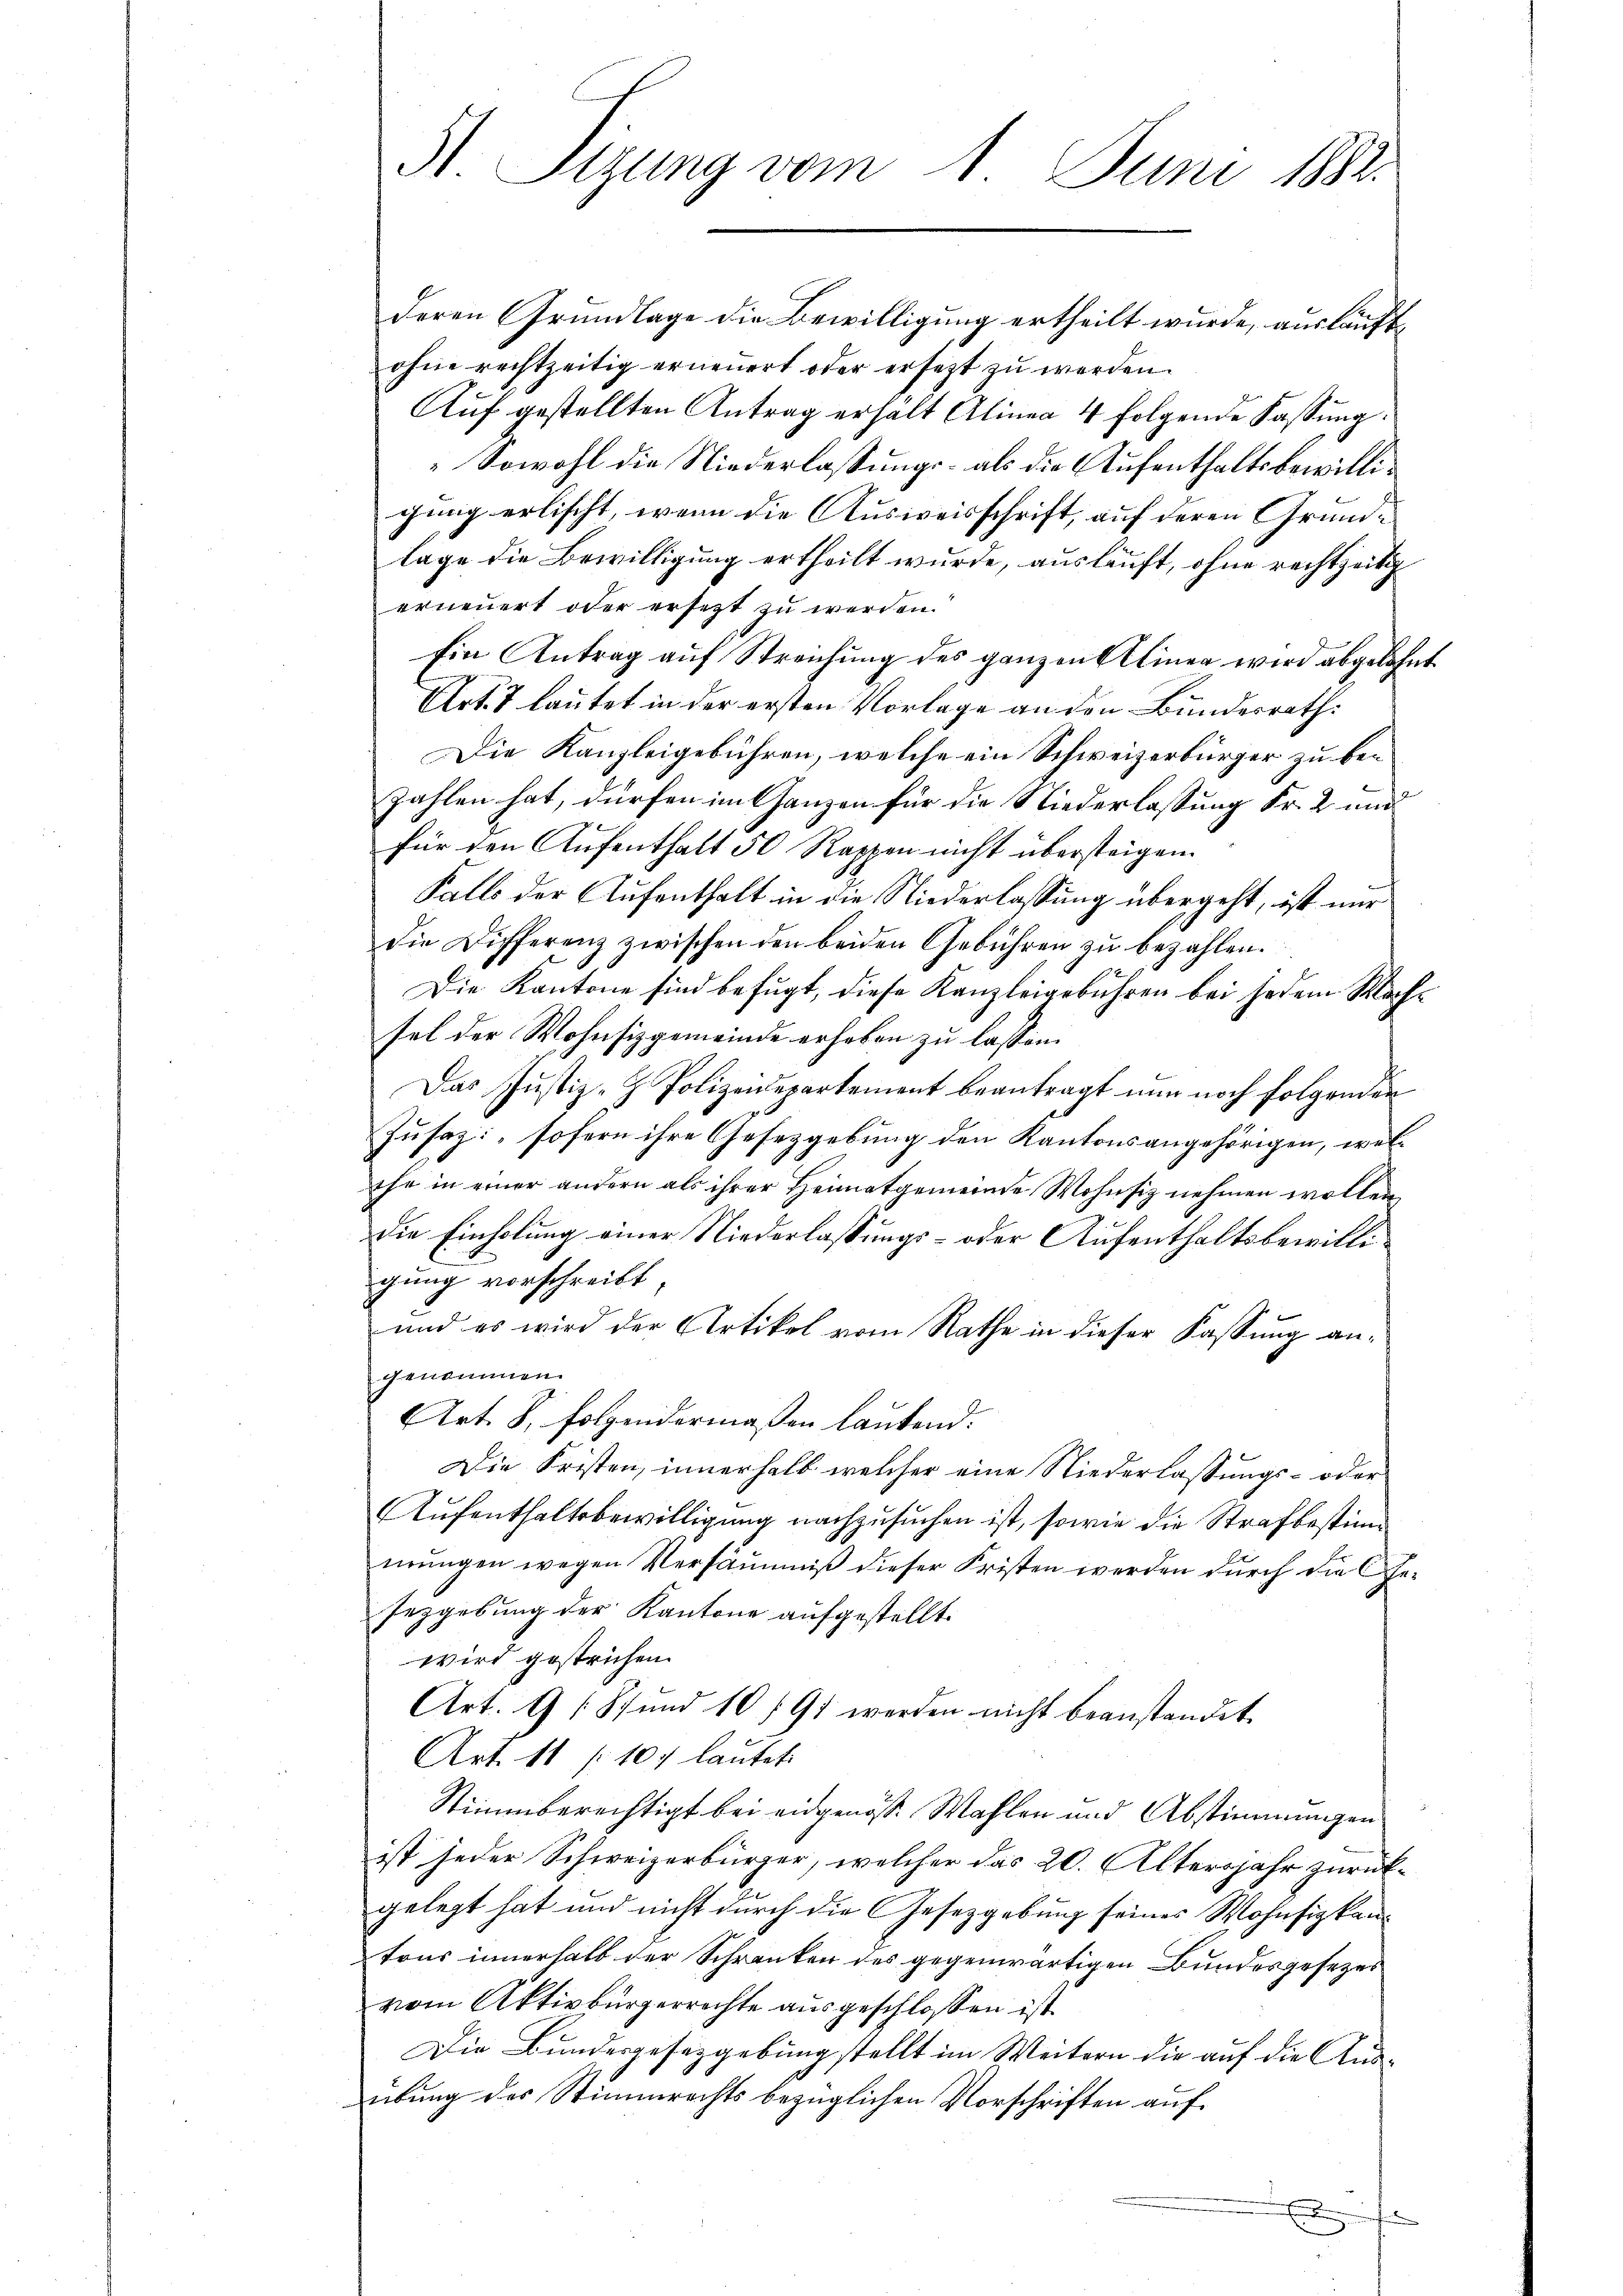
A Sizung vom 1. Juni 1882.

deren Grundlage die Bewilligung ertheilt wurde, ausläuftohne rechtzeitig erneuert oder ersezt zu werden.
Auf gestellten Antrag erhalt Alinea 4 folgende Fassung.
Sowohl die Niederlassungs- als die Aufenthaltsbewilligung erlischt, wenn die Ausweisschrift, auf deren Grundlage die Bewilligung ertheilt wurde, auslauft, ohne rechtzeitig
erneuert oder ersetzt zu werden.
Ein Antrag auf Streichung des ganzen Alinen wird abgelehnt
Urt. 7 lautet in der ersten Vorlage an den Bundesrath:
Die Kanzleigebühren, welche ein Schweizerbürger zu bezahlen hat, dürfen im Ganzen für die Niederlassung Fr. 2 und
für den Aufenthalt 50 Rappen nicht übersteigen.
Falls der Aufenthalt in die Niederlassung übergeht, ist nur
die Differenz zwischen den beiden Gebühren zu bezahlen.
Die Kantone sind befugt, diese Kanzleigebühren bei jedem Machsel der Wohnsizgemeinde erhoben zu lassen.
Das Justiz- & Polizeidepartement beantragt nun noch folgender
Zusaz: „sofern ihre Gesetzgebung den Kantonsangehörigen, welthe in einer andern als ihrer Heimatgemeinde Wohnsiz nehmen wollen,
Die Einholung einer Niederlassungs- oder Aufenthaltsbewilligung vorschreibt,
und es wird der Artikel vom Rathe in dieser Fassung angenommen.
Art. 8, folgendermaßen lautend.
Die Fristen, innerhalb welcher eine Niederlassungs- oder
Aufenthaltsbewilligung nachzusuchen ist, sowie die Strafbestimmŭngen wegen Versäumniβ dieser Kristen werden dŭrch die Ge-
sezgebung der Kantone aufgestellt.
wird gestrichen.
Art. 9 Stund 10 /91 werden nicht beanstandet.
Art. 11 (107 lautet.
Stimmberechtigt bei eidgenöss. Wahlen und Abstimmungen
ist jeder Schweizerbürger, welcher das 20. Altersjahr zurückgelegt hat und nicht durch die Gesetzgebung seines Wohnsizkentrus innerhalb der Schranken des gegenwärtigen Bundesgesezes
vom Aktivbürgerrechte ausgeschlossen ist.
Die Bundesgesetzgebung stellt im Weitern die auf die Ausübung des Stimmrechts bezüglichen Vorschriften auf¬
D